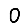
Digit: 0